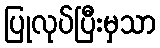
ပြုလုပ်ပြီးမှသာ